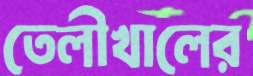
তেলীখালের